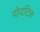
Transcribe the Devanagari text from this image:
पोयटिक